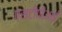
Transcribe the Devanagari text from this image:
एसटीपीआई